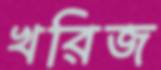
খরিজ